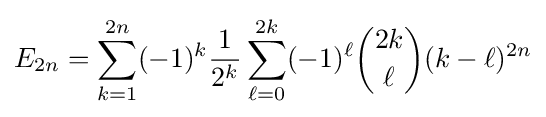
E_{2n}=\sum _{k=1}^{2n}(-1)^{k}{\frac {1}{2^{k}}}\sum _{\ell =0}^{2k}(-1)^{\ell }{\binom {2k}{\ell }}(k-\ell )^{2n}